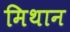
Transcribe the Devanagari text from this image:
मिथान